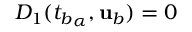
D _ { 1 } ( { t _ { b } } _ { \alpha } , { \mathbf { u } } _ { b } ) = 0